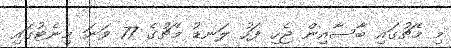
މި މެޗުގައި ބާސާއިން ޖެހި ފަހު ލަނޑު މެޗުގެ 77 ވަނަ މިނެޓުގައި